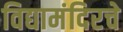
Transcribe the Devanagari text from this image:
विद्यामंदिरचे